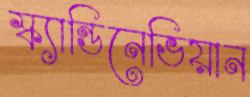
স্ক্যান্ডিনেভিয়ান